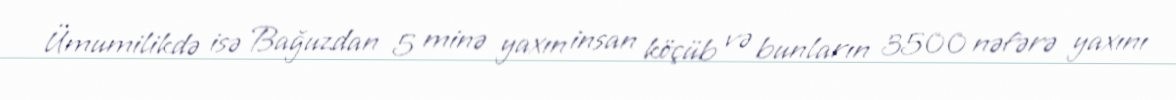
Ümumilikdə isə Bağuzdan 5 minə yaxın insan köçüb və bunların 3500 nəfərə yaxını